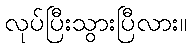
လုပ်ပြီးသွားပြီလား။